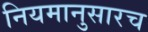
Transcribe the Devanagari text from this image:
नियमानुसारच